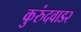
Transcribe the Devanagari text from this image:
कुरुंदवाड२